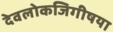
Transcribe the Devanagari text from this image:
देवलोकजिगीषया